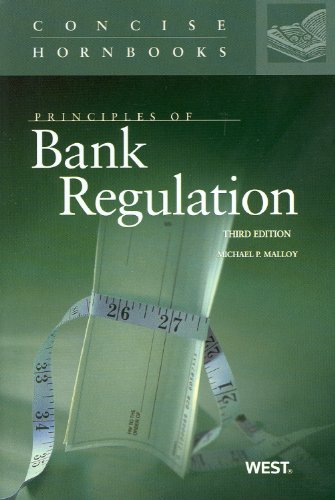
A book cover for Principles of Bank Regulation (Concise Hornbook Series); Michael Malloy; Law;